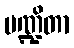
မဏ္ဍိတာ